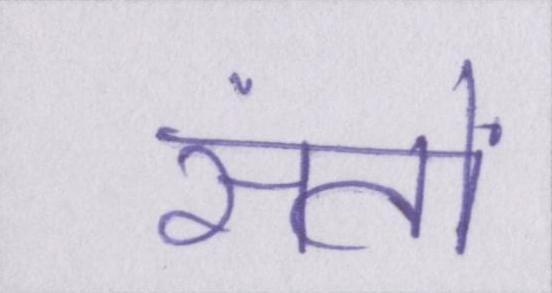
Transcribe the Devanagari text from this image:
संतों